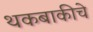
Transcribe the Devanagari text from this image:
थकबाकीचे